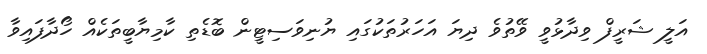
އަލީ ޝަރީފް ވިދާޅުވީ ވޭތުވެ ދިޔަ އަހަރުތަކުގައި ޔުނިވަސިޓީން ބޮޑެތި ކާމިޔާބީތަކެއް ހޯދާފައިވާ